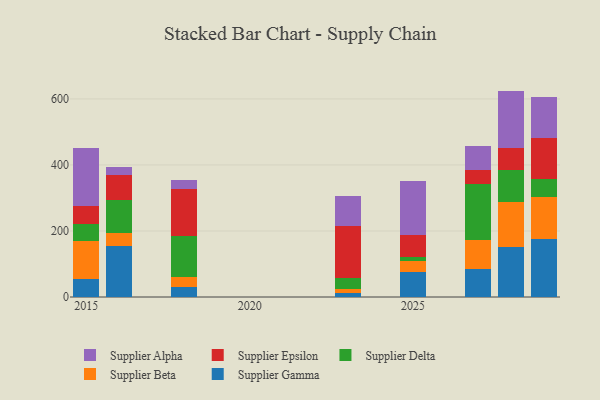
{"axis": {"x": "Year", "y": "Bounce Rate (%)"}, "legend": ["Supplier Alpha", "Supplier Beta", "Supplier Delta", "Supplier Epsilon", "Supplier Gamma"], "data": [{"x": "2027", "y": 85.8, "type": "Supplier Gamma"}, {"x": "2027", "y": 86.8, "type": "Supplier Beta"}, {"x": "2027", "y": 171.2, "type": "Supplier Delta"}, {"x": "2027", "y": 41.3, "type": "Supplier Epsilon"}, {"x": "2027", "y": 72.5, "type": "Supplier Alpha"}, {"x": "2015", "y": 55.9, "type": "Supplier Gamma"}, {"x": "2015", "y": 115.0, "type": "Supplier Beta"}, {"x": "2015", "y": 48.8, "type": "Supplier Delta"}, {"x": "2015", "y": 55.6, "type": "Supplier Epsilon"}, {"x": "2015", "y": 176.6, "type": "Supplier Alpha"}, {"x": "2029", "y": 174.3, "type": "Supplier Gamma"}, {"x": "2029", "y": 129.4, "type": "Supplier Beta"}, {"x": "2029", "y": 54.4, "type": "Supplier Delta"}, {"x": "2029", "y": 124.4, "type": "Supplier Epsilon"}, {"x": "2029", "y": 122.5, "type": "Supplier Alpha"}, {"x": "2023", "y": 12.3, "type": "Supplier Gamma"}, {"x": "2023", "y": 11.6, "type": "Supplier Beta"}, {"x": "2023", "y": 33.4, "type": "Supplier Delta"}, {"x": "2023", "y": 158.0, "type": "Supplier Epsilon"}, {"x": "2023", "y": 90.9, "type": "Supplier Alpha"}, {"x": "2018", "y": 30.8, "type": "Supplier Gamma"}, {"x": "2018", "y": 28.8, "type": "Supplier Beta"}, {"x": "2018", "y": 125.8, "type": "Supplier Delta"}, {"x": "2018", "y": 142.0, "type": "Supplier Epsilon"}, {"x": "2018", "y": 26.0, "type": "Supplier Alpha"}, {"x": "2028", "y": 152.2, "type": "Supplier Gamma"}, {"x": "2028", "y": 134.3, "type": "Supplier Beta"}, {"x": "2028", "y": 98.9, "type": "Supplier Delta"}, {"x": "2028", "y": 67.0, "type": "Supplier Epsilon"}, {"x": "2028", "y": 172.1, "type": "Supplier Alpha"}, {"x": "2025", "y": 75.4, "type": "Supplier Gamma"}, {"x": "2025", "y": 34.6, "type": "Supplier Beta"}, {"x": "2025", "y": 12.6, "type": "Supplier Delta"}, {"x": "2025", "y": 64.3, "type": "Supplier Epsilon"}, {"x": "2025", "y": 163.7, "type": "Supplier Alpha"}, {"x": "2016", "y": 154.0, "type": "Supplier Gamma"}, {"x": "2016", "y": 40.7, "type": "Supplier Beta"}, {"x": "2016", "y": 99.9, "type": "Supplier Delta"}, {"x": "2016", "y": 74.1, "type": "Supplier Epsilon"}, {"x": "2016", "y": 26.3, "type": "Supplier Alpha"}]}